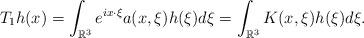
LaTeX: \begin{align*}T_1h(x)=\int_{\mathbb{R}^3} e^{i x\cdot\xi}a(x,\xi) h(\xi)d\xi=\int_{\mathbb{R}^3} K(x,\xi) h(\xi)d\xi.\end{align*}